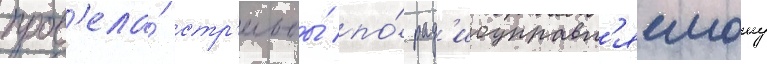
пров'ела́ стр'ельбы́ по́ рад'иоуправл'яемому